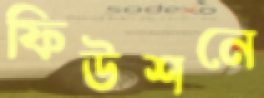
ফিউশনে